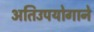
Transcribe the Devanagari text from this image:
अतिउपयोगाने